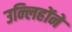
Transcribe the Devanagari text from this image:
उन्लिहोंने